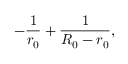
- \frac { 1 } { r _ { 0 } } + \frac { 1 } { R _ { 0 } - r _ { 0 } } ,